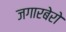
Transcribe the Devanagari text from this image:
जगारबेरो